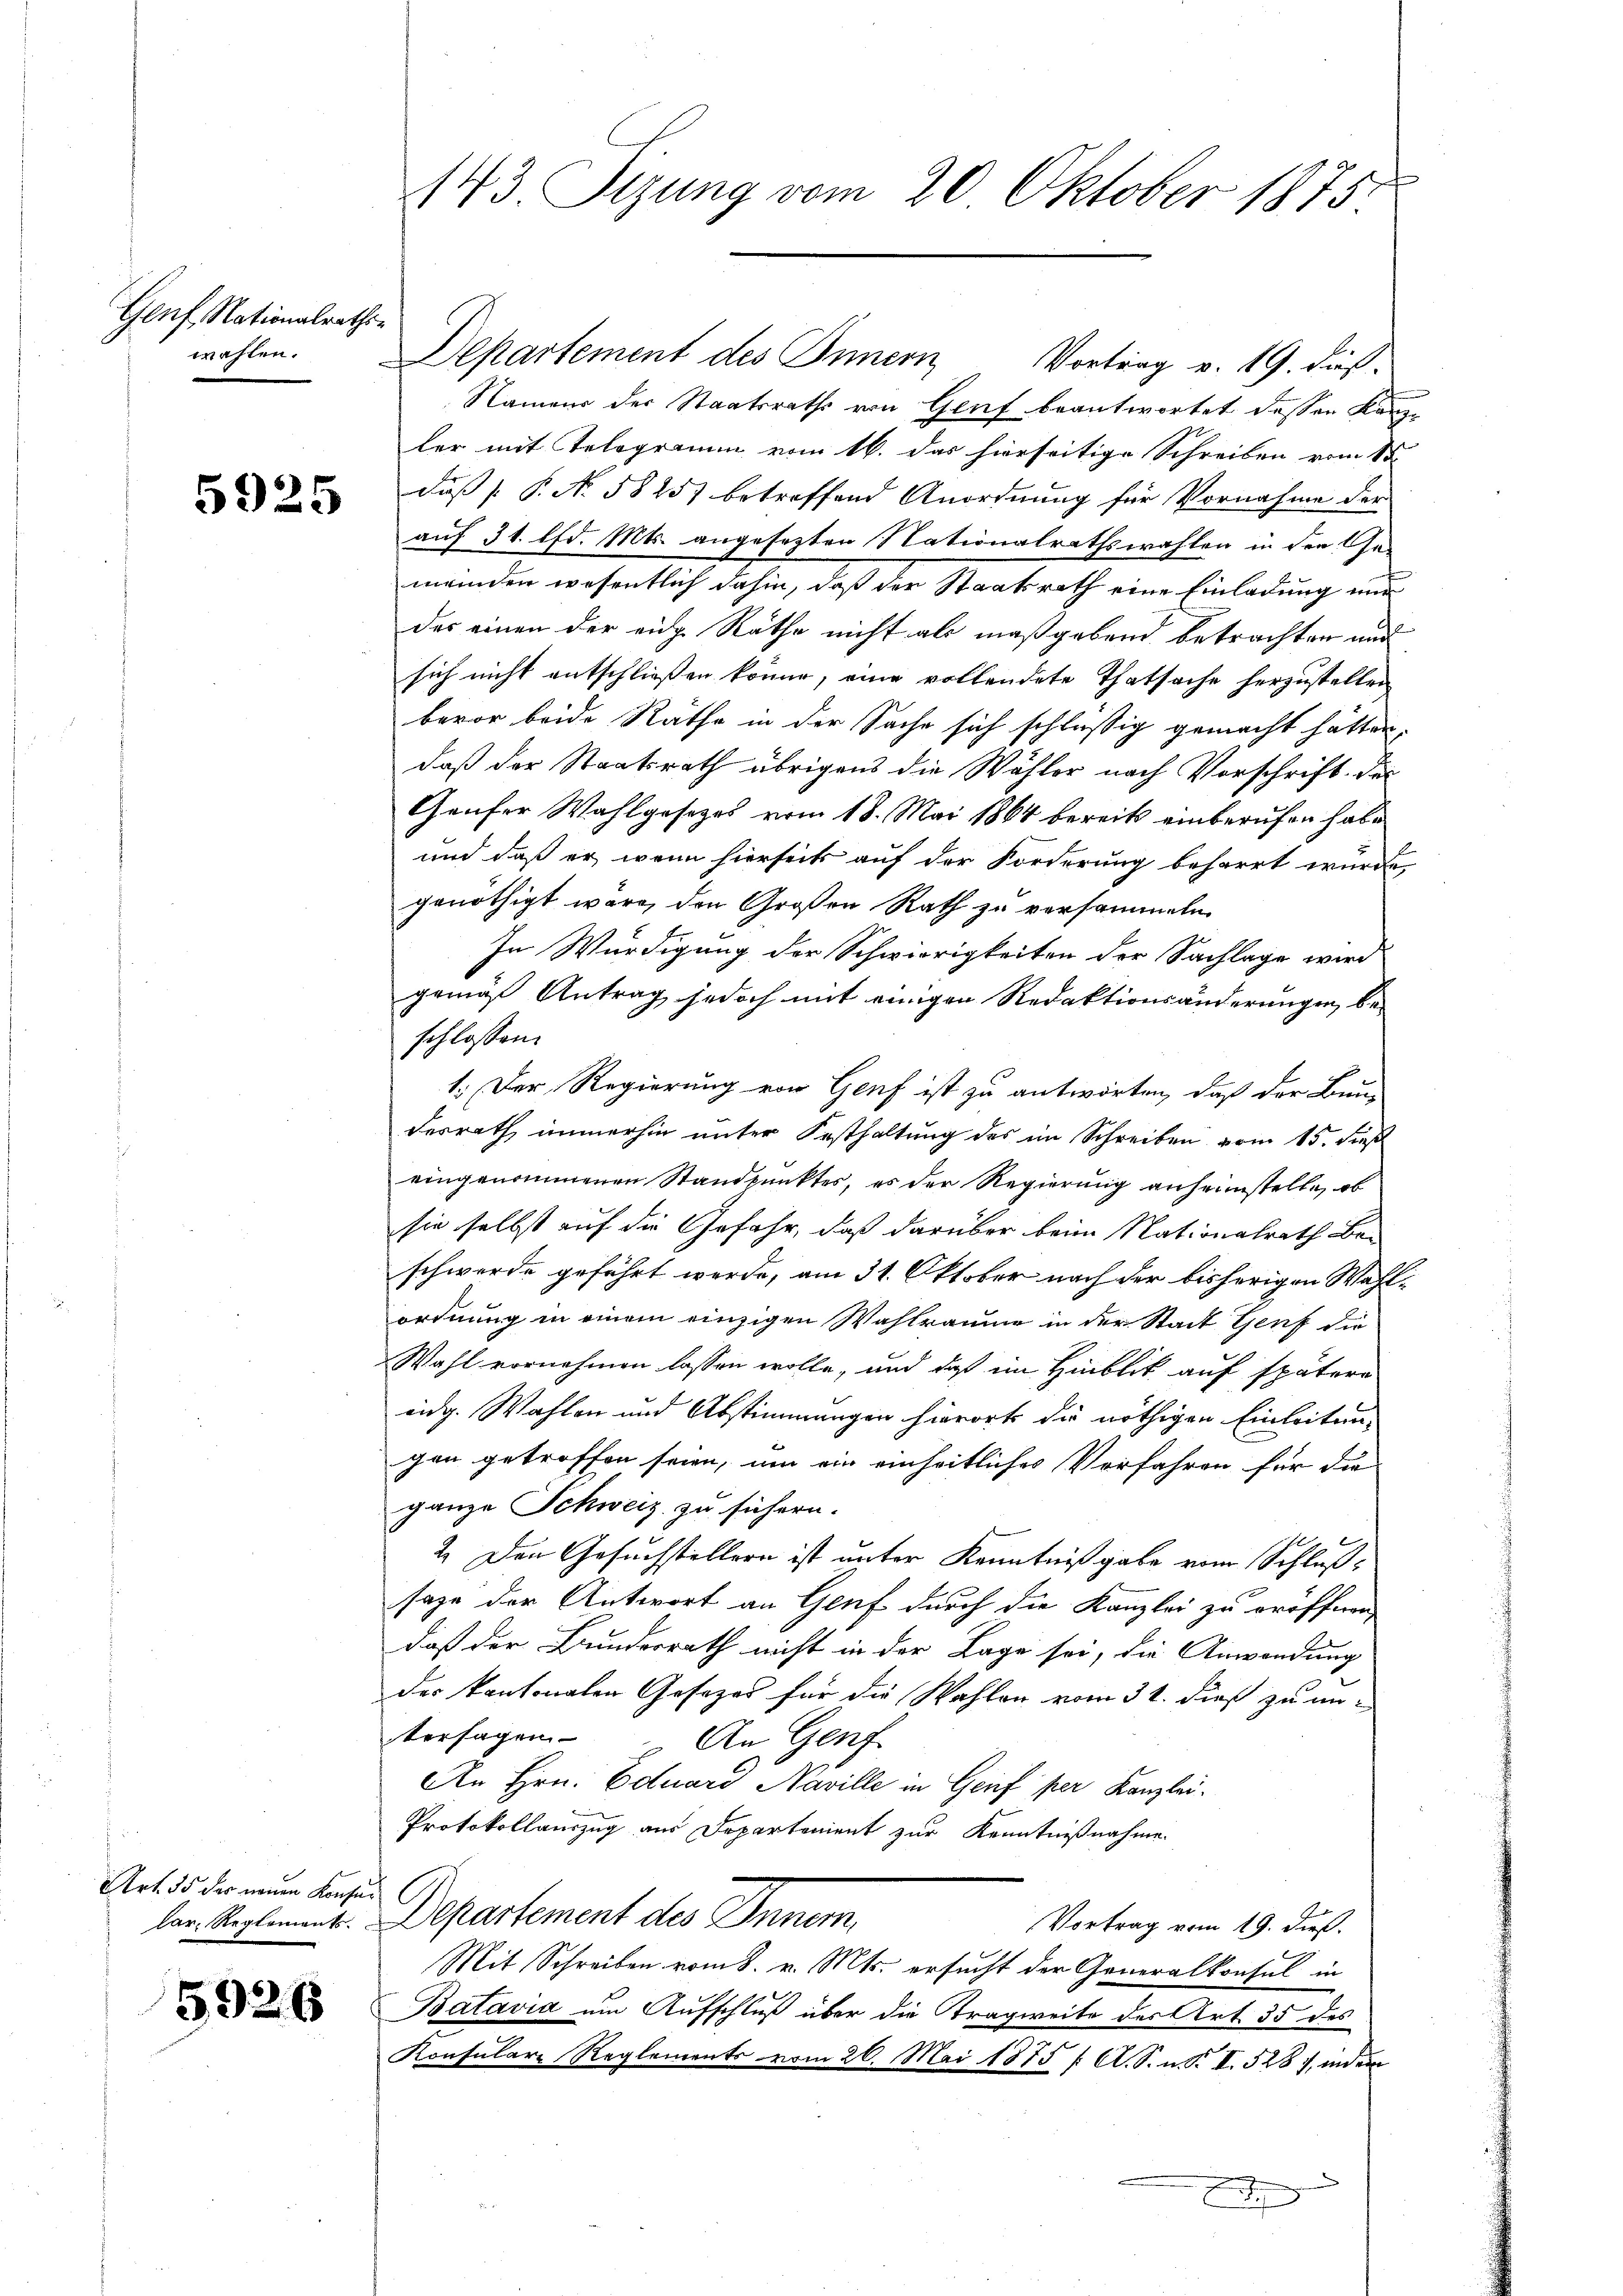
Genf, Nationalrathswahlen.

5925

Art. 55 des neuen Konsular. Reglements.

5926

143. Sizung vom 20. Oktober 1875.

Namens der Staatsraths von Genf beantwortet dessen Kanz-
ler mit Telegramm vom 16. das hierseitige Schreiben vom 18.
dass P. No. 58257 betreffend Anordnung für Vornahme der
auf 31. lfd. Mts. angesezten Nationalrathswahlen in den Gemeinden wesentlich dahin, daß der Staatsrath eine Einladung nur
des einen der eidg. Räthe nicht als maßgebend betrachten und
sich nicht entschließen könne, eine vollendete Thatsache herzustellen
bevor beide Räthe in der Sache sich schlüssig gemacht hätten.
daß der Staatsrath übrigens die Wähler nach Vorschrift des
Gaufer Wahlgesezes vom 18. Mai 1864 bereits einberufen habe
und daß er wenn hierseits auf der Forderung beharrt wurde,
genöthigt wäre, den Großen Rath zu versammeln
In Würdigung der Schwierigkeiten der Sachlage wird
genig Antrag jedoch mit einigen Redaktionsänderungen beschlossen:
1. Der Regierung von Genf ist zu antworten, daß der Bun-
desrath immerhin unter Festhaltung des im Schreiben vom 15. dieß
eingenommenen Standpunktes, es der Regierung anheimstelle, ob
sie selbst auf die Gefahr, daß darüber beim Nationalrath Be-
schwerde geführt werde, am 31. Oktober nach der bisherigen Wahlordnung in einem einzigen Wahlraume in der Stadt Genf die
Wahl vornehmen lassen wolle, und daß im Hinblick auf spätern
eidg. Wahlen und Abstimmungen hierort die nöthigen Einleitun-
gen getroffen seien, um ein einheitliches Vorfahren für die
ganze Schweiz zu sichern.
2. Den Gesuchstellern ist unter Kenntnißgabe vom Schlußsage der Antwort an Genf durch die Kanzlei zu eröffnen,
daß der Bundesrath nicht in der Lage sei, die Anwendung
des kantonalen Gesezes für die Wahlen vom 31. dieß zu untersagen.
An Genf
An Hrn. Eduard Naville in Genf per Kanzlei.
Protokollauszug aus Departement zur Kenntnißnahme.
Departement des Innen,
Vortrag vom 19. dieß.
Mit Schreiben vom 8. v. Mts. ersucht der Generalkonsul in
Batavia um Aufschluß über die Tragweite des Art. 55 des
Konsulare Reglements vom 26. Mai 1875 / A. S. n. F. II. 528, indem
x

Departement des Innern Vortrag v. 19. dies